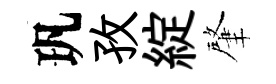
㺬孜綻肇